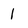
Character: 1